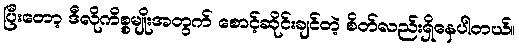
ပြီးတော့ ဒီလိုကိစ္စမျိုးအတွက် စောင့်ဆိုင်းချင်တဲ့ စိတ်လည်းရှိနေပါတယ်။